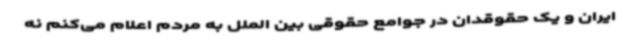
ایران و یک حقوقدان در جوامع حقوقی بین الملل به مردم اعلام می‌کنم نه